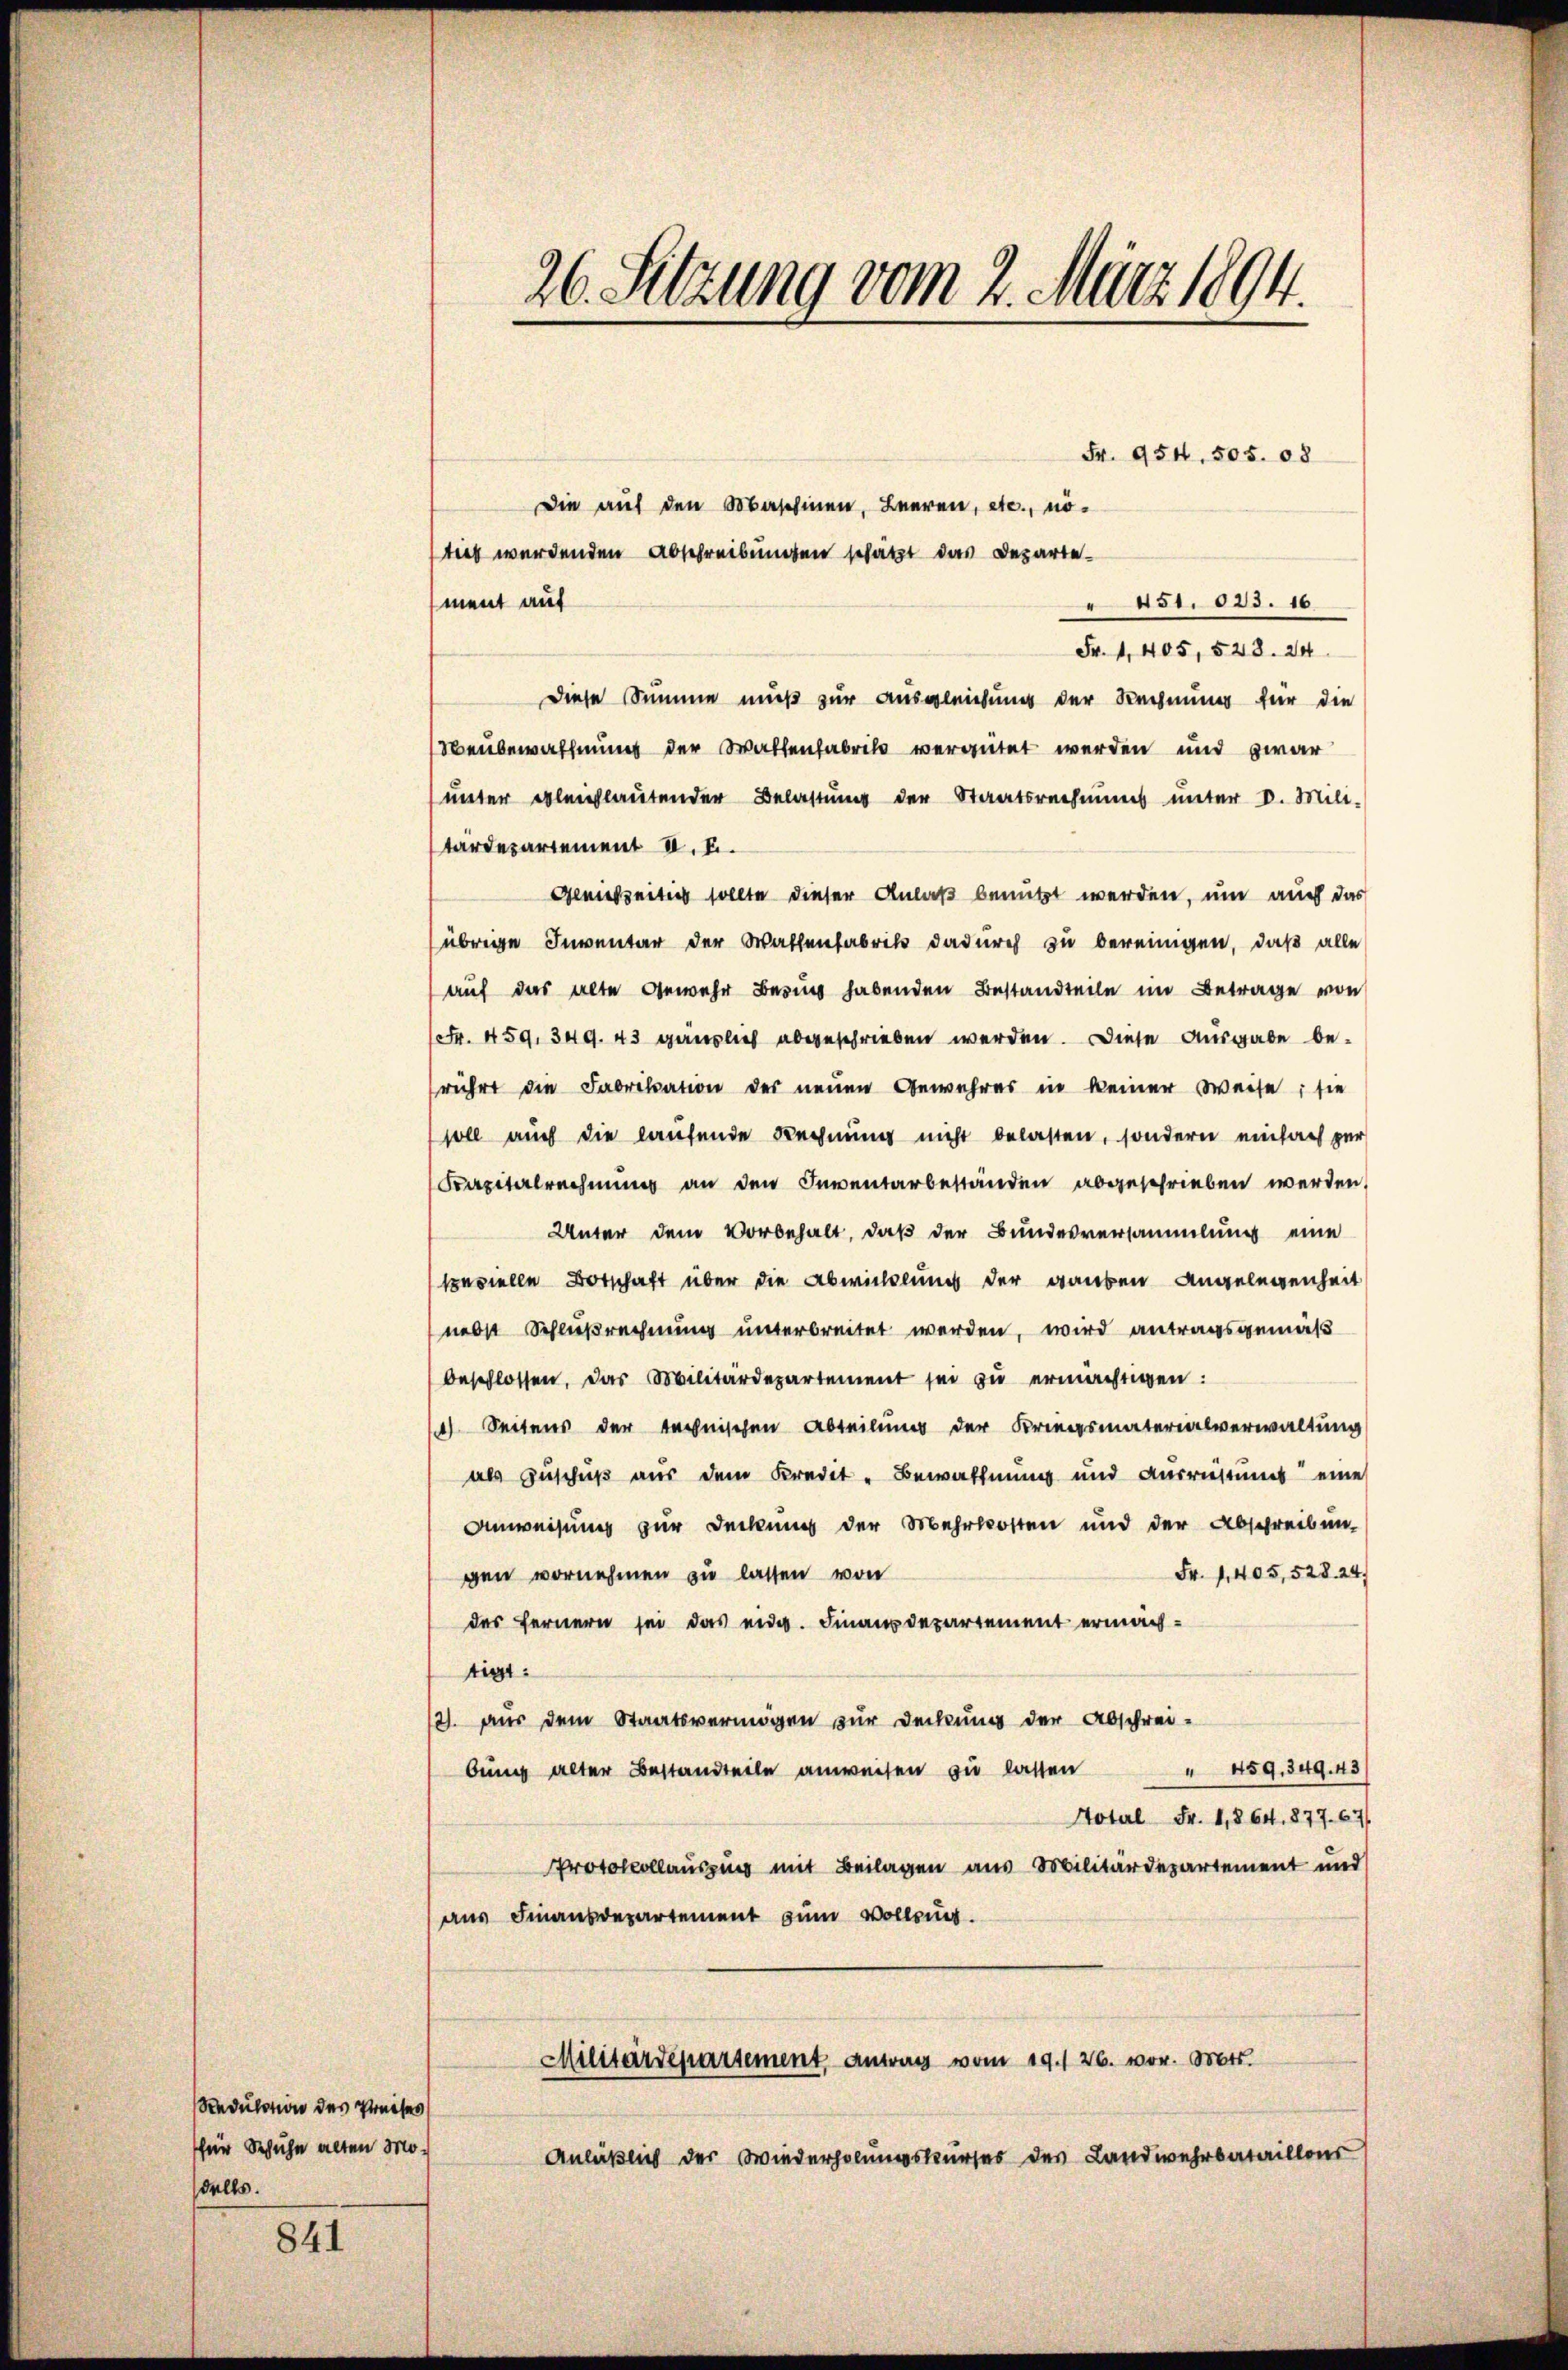
841

Sedulation der Preises
für Schuhe alten Mo¬
Falls.

Die auf den Maschinen, Leeren, etc., nöment auf
 451. 023. 16.
Fr. 1, 405, 528. 24
Diese Summe muß zur Ausgleichung der Rechnung für die
Neubewaffnung der Waltenfabrik vergütet werden und zwar
unter ableichlautender Belastŭng der Staatsrechnŭng ŭnter V. Mili-
tardepartement II. E.
Gleichzeitig sollte dieser Anlaß benutzt werden, um auch das
übrige Inventar der Wallenfabrik dadurch zu bereinigen, daß alle
auf das alte Gewehr Bezug habenden Bestandteile im Betrage von
(Fr. 459, 349. 43 gänzlich abgeschrieben werden. Diese Ausgabe berührt die Fabrikation der neuen Gewahres in keiner Weise; sie
soll auch die laufende Rechnung nicht belasten, sondern einfach zur
Kapitalrechnung an den Inventarbeständen abgeschrieben werden,
Unter dem Vorbehalt, daß der Bundesversammlung eine
spevielle Botschaft über die Abwicklung der gauben Angelegenheit
nebst Schlußrechnung unterbreitet werden, wird antragsgemäß
beschlossen, das Militärdepartement sei zŭ ermächtigen:
14) Seitens der technischen Abteilung der Kriegsmaterialverwaltung
als Zuschuß aus dem Kredit - Bewaffnung und Ausrüstung eine
Anweisung zur Deckung der Mehrkosten und der Abschreibung
Fr. 1. 405, 528. 24.
gen vornehmen zu lassen von
des fernern sei das eid. Finanzdepartement ermachtigt.
2. aus dem Staatsvermögen zur Deckung der Abschrei-
" 459, 349. 43
bung alter Bestandteile anweisen zu lassen
Hotel Fr. 1, § 64. 877. 671
Protokollauszug mit Beilagen aus Militärdepartement und
aus Finanzdepartement zum Vollzug.
Militärdepartement, antrag vom 19. 26. vor. Mts.
Anläßlich der Wiederholungskurses des Landwehrbataillons

26. Sitzung vom 2. März 1894.

tiet werdenden Abschreibungen schätzt das Departe-

Fr. 954. 505. 08